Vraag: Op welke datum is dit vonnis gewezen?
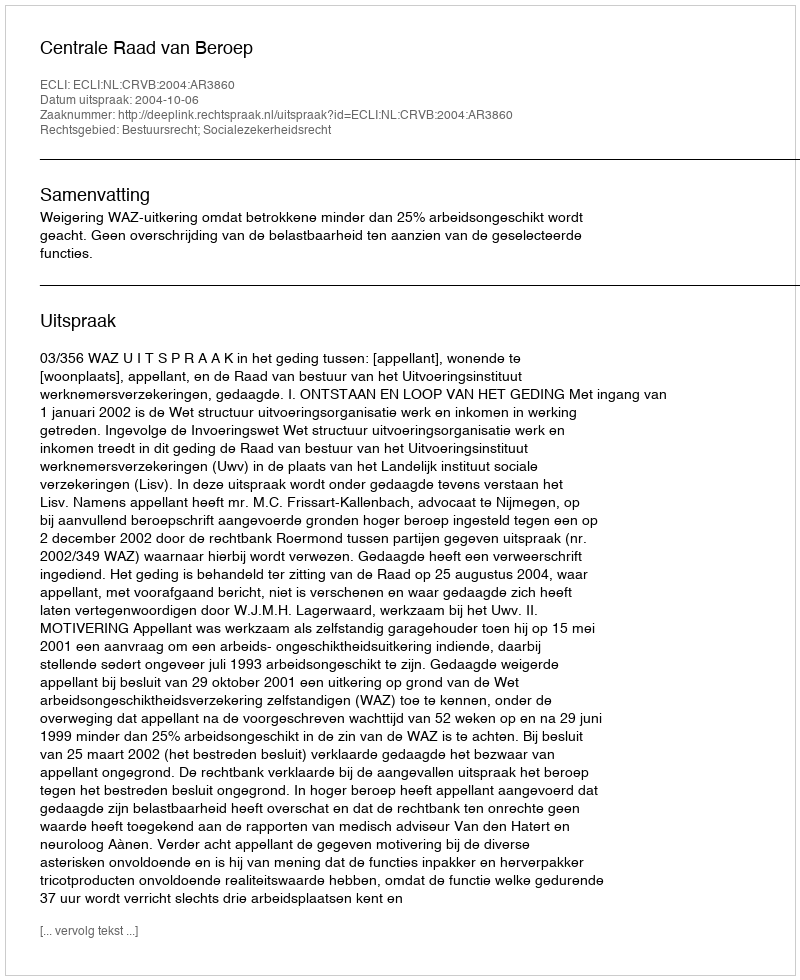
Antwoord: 2004-10-06